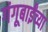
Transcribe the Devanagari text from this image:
गंगूबाईंच्या